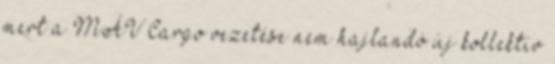
mert a MÁV Cargo vezetése nem hajlandó új kollektív